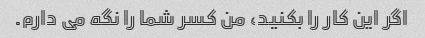
اگر این کار را بکنید، من کسر شما را نگه می دارم.